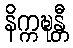
နိက္ကဍ္ဎန္တီ